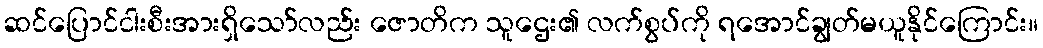
ဆင်ပြောင်ငါးစီးအားရှိသော်လည်း ဇောတိက သူဌေး၏ လက်စွပ်ကို ရအောင်ချွတ်မယူနိုင်ကြောင်း။